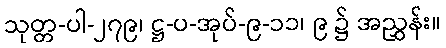
သုတ္တ-ပါ-၂၇၉၊ ဋ္ဌ-ပ-အုပ်-၉-၁၁၊ ၉ ၌ အညွှန်း။